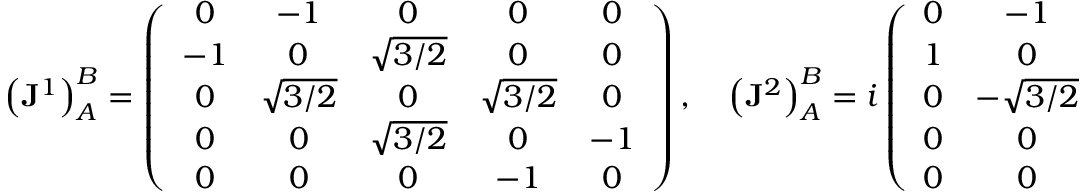
\left( { \bf J } ^ { 1 } \right) _ { A } ^ { B } = \left( \begin{array} { c c c c c } { { 0 } } & { { - 1 } } & { { 0 } } & { { 0 } } & { { 0 } } \\ { { - 1 } } & { { 0 } } & { { \sqrt { 3 / 2 } } } & { { 0 } } & { { 0 } } \\ { { 0 } } & { { \sqrt { 3 / 2 } } } & { { 0 } } & { { \sqrt { 3 / 2 } } } & { { 0 } } \\ { { 0 } } & { { 0 } } & { { \sqrt { 3 / 2 } } } & { { 0 } } & { { - 1 } } \\ { { 0 } } & { { 0 } } & { { 0 } } & { { - 1 } } & { { 0 } } \end{array} \right) , \quad \left( { \bf J } ^ { 2 } \right) _ { A } ^ { B } = i \left( \begin{array} { c c c c c } { { 0 } } & { { - 1 } } & { { 0 } } & { { 0 } } & { { 0 } } \\ { { 1 } } & { { 0 } } & { { \sqrt { 3 / 2 } } } & { { 0 } } & { { 0 } } \\ { { 0 } } & { { - \sqrt { 3 / 2 } } } & { { 0 } } & { { \sqrt { 3 / 2 } } } & { { 0 } } \\ { { 0 } } & { { 0 } } & { { - \sqrt { 3 / 2 } } } & { { 0 } } & { { - 1 } } \\ { { 0 } } & { { 0 } } & { { 0 } } & { { 1 } } & { { 0 } } \end{array} \right) , \quad \left( { \bf J } ^ { 3 } \right) _ { A } ^ { B } = \left( { \bf J } ^ { 0 } \right) _ { A } ^ { B }